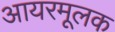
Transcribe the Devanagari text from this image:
आयरमूलक